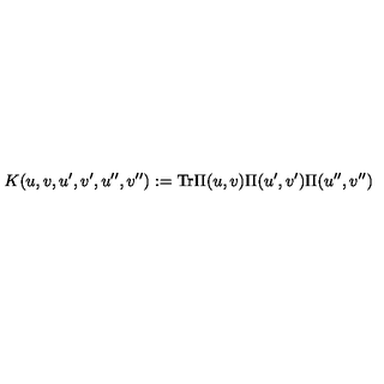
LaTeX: K ( u , v , u ^ { \prime } , v ^ { \prime } , u ^ { \prime \prime } , v ^ { \prime \prime } ) : = \mathrm { T r } \Pi ( u , v ) \Pi ( u ^ { \prime } , v ^ { \prime } ) \Pi ( u ^ { \prime \prime } , v ^ { \prime \prime } )